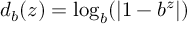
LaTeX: d _ { b } ( z ) = \log _ { b } ( | 1 - b ^ { z } | )